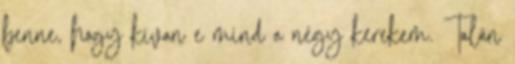
benne, hogy kivan e mind a négy kerekem. Talán